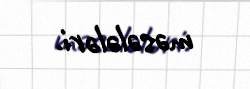
məsələləri.